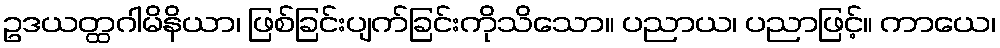
ဥဒယတ္ထဂါမိနိယာ၊ ဖြစ်ခြင်းပျက်ခြင်းကိုသိသော။ ပညာယ၊ ပညာဖြင့်။ ကာယေ၊